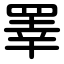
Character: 睪